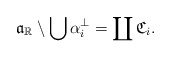
\begin{align*}\mathfrak{a}_{\mathbb{R}}\setminus\bigcup \alpha_i^\perp=\coprod \mathfrak{C}_i.\end{align*}